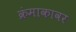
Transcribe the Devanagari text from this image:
क्रंमाकावर